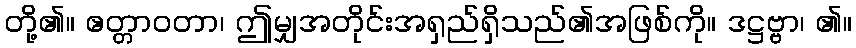
တို့၏။ ဧတ္တာဝတာ၊ ဤမျှအတိုင်းအရှည်ရှိသည်၏အဖြစ်ကို။ ဒဋ္ဌဗ္ဗာ၊ ၏။